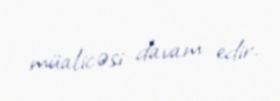
müalicəsi davam edir.